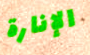
الإنارة